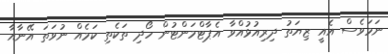
ނަމަވެސް އެއީ ޒިޔަތު ދިރިއުޅުއްވާ އެޕާޓްމަންޓުން ހޯދި ތަކެތި ކަމެއް ނުވަތަ އޭނާއާ